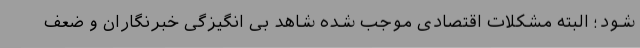
شود؛ البته مشکلات اقتصادی موجب شده شاهد بی انگیزگی خبرنگاران و ضعف